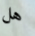
هل